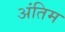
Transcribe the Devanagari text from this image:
अंंतिम